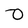
Character: 0